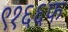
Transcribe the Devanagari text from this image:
९१६६फ